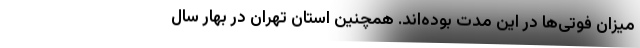
میزان فوتی‌ها در این مدت بوده‌اند. همچنین استان تهران در بهار سال